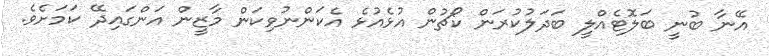
އޭނާ ބުނީ ބަލޮޓެއްލީ ބަދަލުކުރަން ކޯޗުން އުޅެއުޅެ އެކަންނުވިކަން މާޒީން އަންގައިދޭ ކަމަށެވެ.